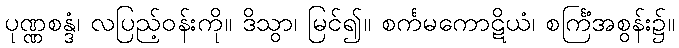
ပုဏ္ဏစန္ဒံ၊ လပြည့်ဝန်းကို။ ဒိသွာ၊ မြင်၍။ စင်္ကမကောဋိယံ၊ စင်္ကြံအစွန်း၌။